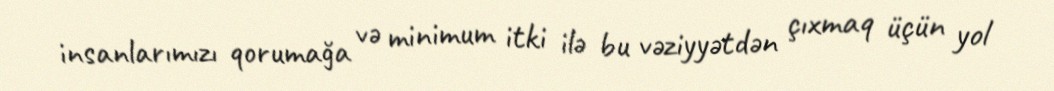
insanlarımızı qorumağa və minimum itki ilə bu vəziyyətdən çıxmaq üçün yol